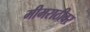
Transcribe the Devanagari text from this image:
मीमराठीवर